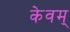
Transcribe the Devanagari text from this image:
केवम्